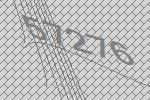
57276